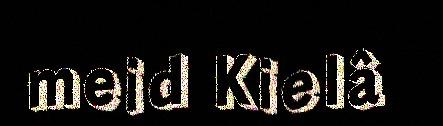
meid Kielâ